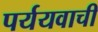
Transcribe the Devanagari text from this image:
पर्ययवाची